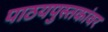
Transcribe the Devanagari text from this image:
पाठयपुस्तकांवर